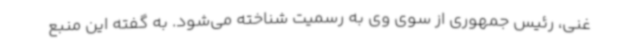
غنی، رئیس جمهوری از سوی وی به رسمیت شناخته می‌شود. به گفته این منبع